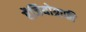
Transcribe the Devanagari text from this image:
ऐंजियोग्राफी